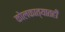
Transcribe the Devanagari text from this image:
कोलकात्यातही